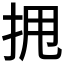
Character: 𫝺